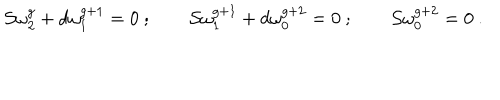
LaTeX: { \cal S } \omega _ { 2 } ^ { g } + d \omega _ { 1 } ^ { g + 1 } = 0 \ ; \qquad { \cal S } \omega _ { 1 } ^ { g + 1 } + d \omega _ { 0 } ^ { g + 2 } = 0 \ ; \qquad { \cal S } \omega _ { 0 } ^ { g + 2 } = 0 \ .